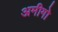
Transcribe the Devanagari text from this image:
अमीगो